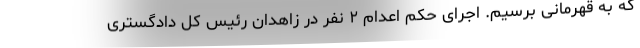
که به قهرمانی برسیم. اجرای حکم اعدام ۲ نفر در زاهدان رئیس کل دادگستری